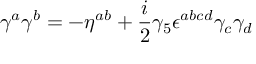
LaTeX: \gamma ^ { a } \gamma ^ { b } = - \eta ^ { a b } + { \frac { i } { 2 } } \gamma _ { 5 } \epsilon ^ { a b c d } \gamma _ { c } \gamma _ { d }